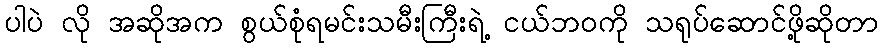
ပါပဲ လို အဆိုအက စွယ်စုံရမင်းသမီးကြီးရဲ့ ငယ်ဘဝကို သရုပ်ဆောင်ဖို့ဆိုတာ